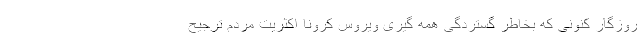
روزگار کنونی که بخاطر گستردگی همه گیری ویروس کرونا اکثریت مردم ترجیح